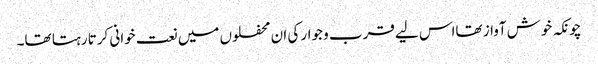
چونکہ خوش آواز تھااس لیے قرب و جوار کی ان محفلوں میں نعت خوانی کرتا رہتا تھا۔